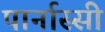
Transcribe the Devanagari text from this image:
पार्नास्सी